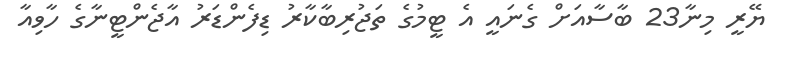
ޔޭރީ މިނާ23 ބާސާއަށް ގެނައީ އެ ޓީމުގެ ތަޖުރިބާކާރު ޑިފެންޑަރު އާޖެންޓީނާގެ ހާވިއާ